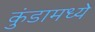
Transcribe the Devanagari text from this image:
कुंडामध्ये